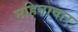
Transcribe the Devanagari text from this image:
महिनावार